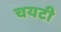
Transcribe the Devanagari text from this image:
चयटी